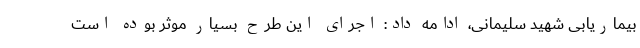
بیماریابی شهید سلیمانی، ادامه داد: اجرای این طرح بسیار موثر بوده است